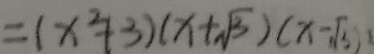
= ( x ^ { 2 } + 3 ) ( x + \sqrt { 3 } ) ( x - \sqrt { 3 } )